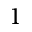
1